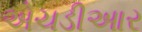
એચડીઆર